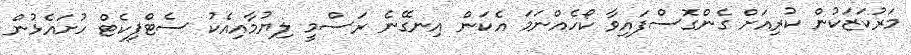
މަރުކަޒަކުން ކުރިއަށް ގެންގޮސްފައިވާ ކޯހެއްނަމަ އެކަން އިނގޭނެ ރަސްމީ ލިޔުމާއިއެކު ސެޓްފިކެޓް ހުށައެޅުން